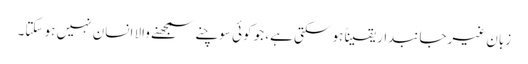
زبان غیرجانبدار یقیناً ہو سکتی ہے، جو کوئی سوچنے سمجھنے والا انسان نہیں ہو سکتا۔